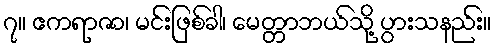
၇။ ဧကရာဇာ၊ မင်းဖြစ်ခါ၊ မေတ္တာဘယ်သို့ ပွားသနည်း။